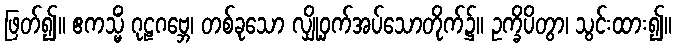
ဖြတ်၍။ ဧကသ္မိံ ဂုဠဂဗ္ဘေ၊ တစ်ခုသော လျှို့ဝှက်အပ်သောတိုက်၌။ ဥက္ခိပိတွာ၊ သွင်းထား၍။